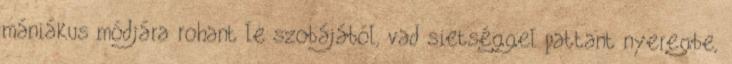
mániákus módjára rohant le szobájából, vad sietséggel pattant nyeregbe,